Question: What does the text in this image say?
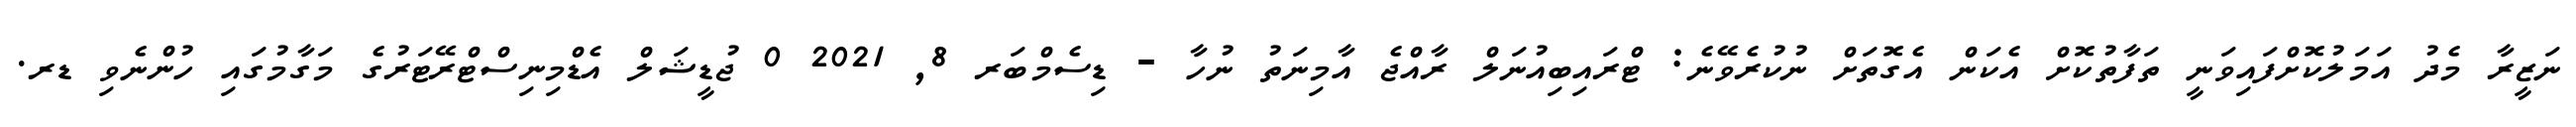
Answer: ނަޒީރާ މެދު އަމަލުކޮށްފައިވަނީ ތަފާތުކޮށް އެކަން އެގޮތަށް ނުކުރެވޭނެ: ޓްރައިބިއުނަލް ރާއްޖެ އާމިނަތު ނުހާ - ޑިސެމްބަރ 8, 2021 0 ޖުޑީޝަލް އެޑްމިނިސްޓްރޭޓަރުގެ މަގާމުގައި ހުންނެވި ޑރ.